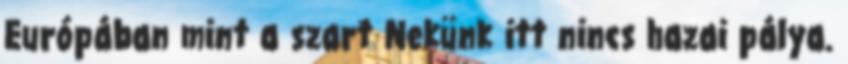
Európában mint a szart Nekünk itt nincs hazai pálya.